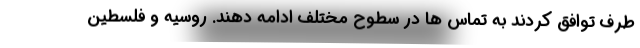
طرف توافق کردند به تماس ها در سطوح مختلف ادامه دهند. روسیه و فلسطین